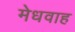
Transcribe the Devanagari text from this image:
मेधवाह